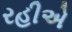
રહીએ